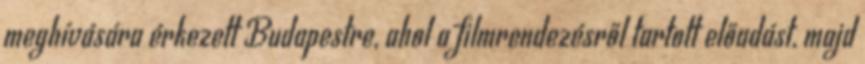
meghívására érkezett Budapestre, ahol a filmrendezésről tartott előadást, majd